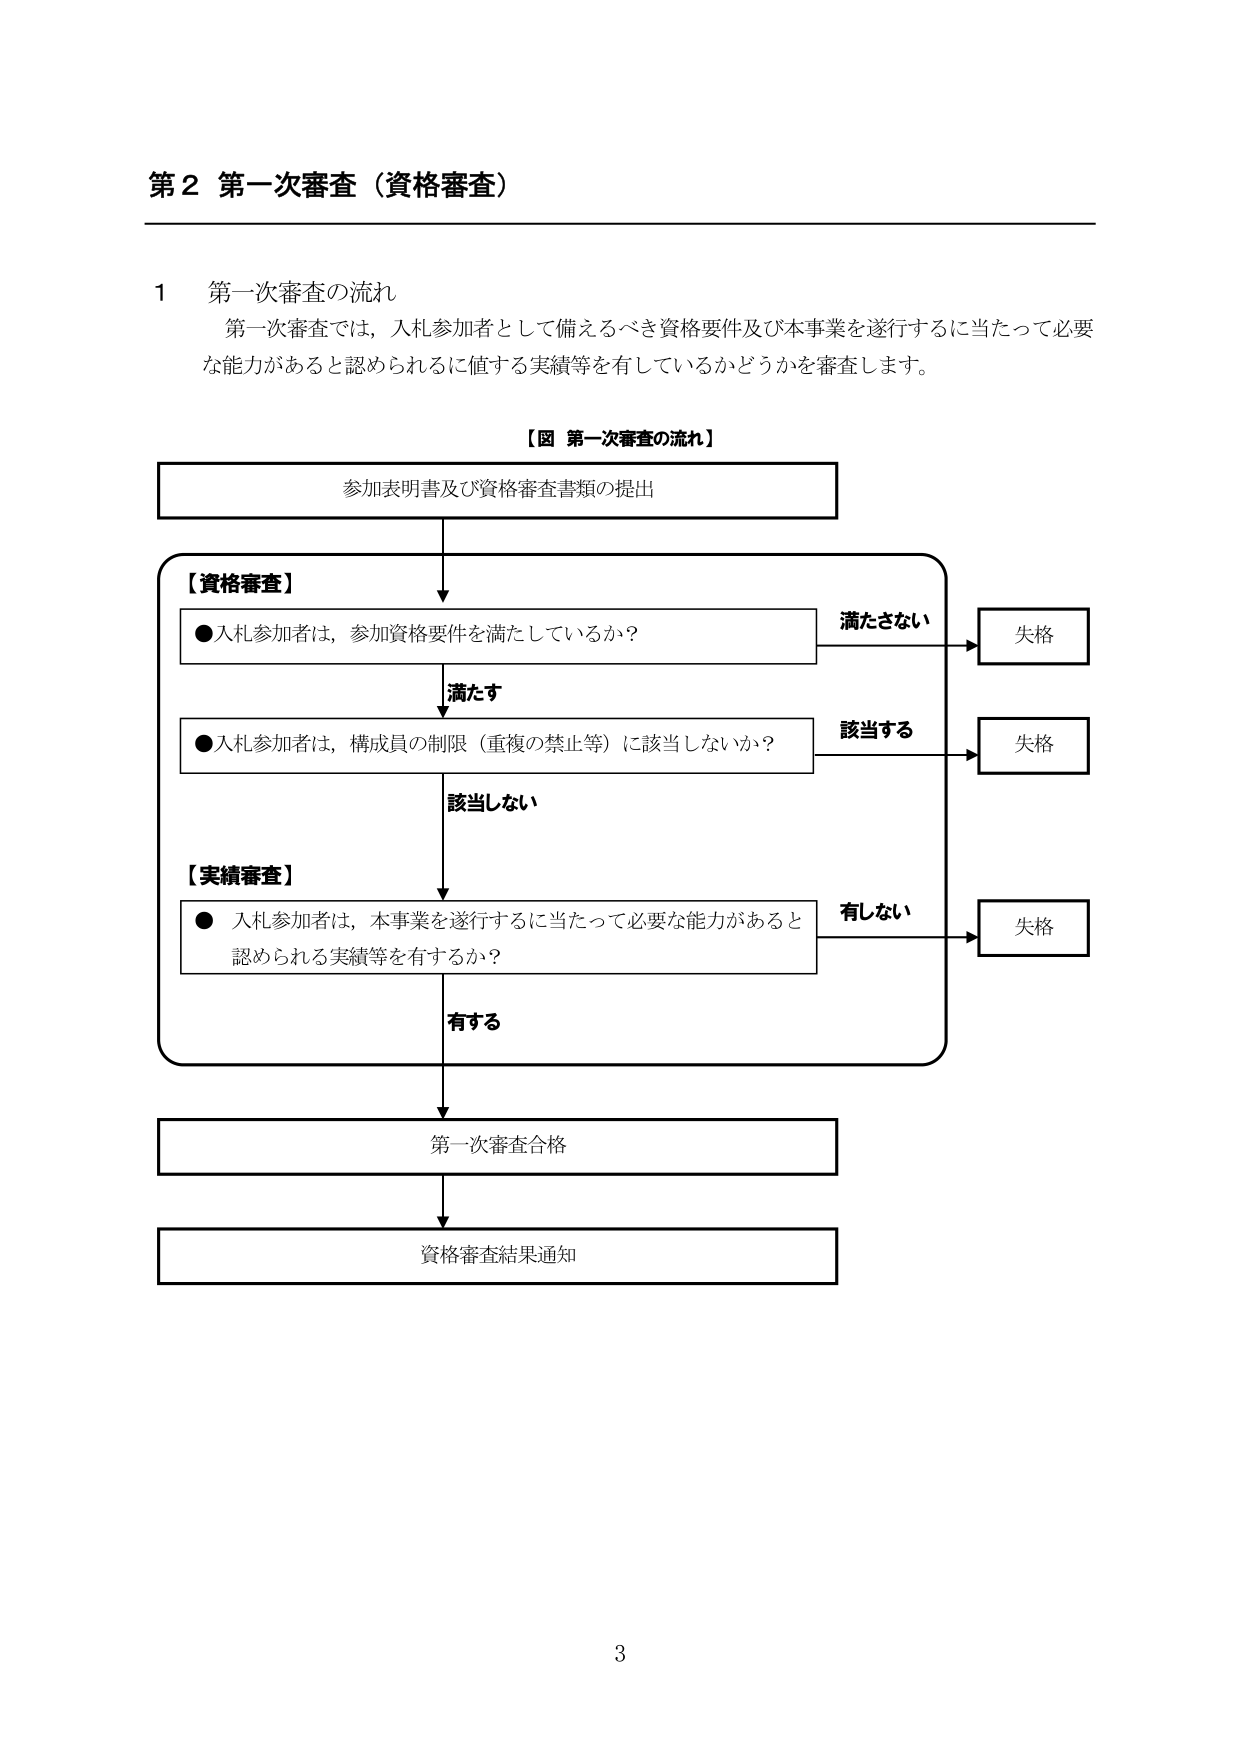
第２ 第一次審査（資格審査）

１ 第一次審査の流れ
第一次審査では、入札参加者として備えるべき資格要件及び本事業を遂行するに当たって必要な能力があると認められるに値する実績等を有しているかどうかを審査します。

【図 第一次審査の流れ】
参加表明書及び資格審査書類の提出

【資格審査】
●入札参加者は、参加資格要件を満たしているか？
　　満たさない → 失格
　　満たす →
●入札参加者は、構成員の制限（重複の禁止等）に該当しないか？
　　該当する → 失格
　　該当しない →

【実績審査】
●入札参加者は、本事業を遂行するに当たって必要な能力があると認められる実績等を有するか？
　　有しない → 失格
　　有する →

第一次審査合格
資格審査結果通知

3